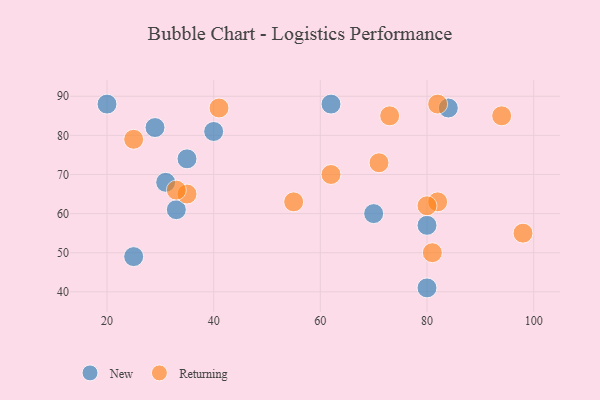
{"axis": {"x": "GDP", "y": "Life Expectancy"}, "legend": ["New", "Returning"], "data": [{"x": "84", "y": 87, "type": "New"}, {"x": "70", "y": 60, "type": "New"}, {"x": "25", "y": 49, "type": "New"}, {"x": "40", "y": 81, "type": "New"}, {"x": "80", "y": 57, "type": "New"}, {"x": "62", "y": 88, "type": "New"}, {"x": "29", "y": 82, "type": "New"}, {"x": "33", "y": 61, "type": "New"}, {"x": "20", "y": 88, "type": "New"}, {"x": "31", "y": 68, "type": "New"}, {"x": "80", "y": 41, "type": "New"}, {"x": "35", "y": 74, "type": "New"}, {"x": "71", "y": 73, "type": "Returning"}, {"x": "82", "y": 88, "type": "Returning"}, {"x": "81", "y": 50, "type": "Returning"}, {"x": "41", "y": 87, "type": "Returning"}, {"x": "82", "y": 63, "type": "Returning"}, {"x": "73", "y": 85, "type": "Returning"}, {"x": "80", "y": 62, "type": "Returning"}, {"x": "98", "y": 55, "type": "Returning"}, {"x": "25", "y": 79, "type": "Returning"}, {"x": "94", "y": 85, "type": "Returning"}, {"x": "35", "y": 65, "type": "Returning"}, {"x": "33", "y": 66, "type": "Returning"}, {"x": "55", "y": 63, "type": "Returning"}, {"x": "62", "y": 70, "type": "Returning"}]}